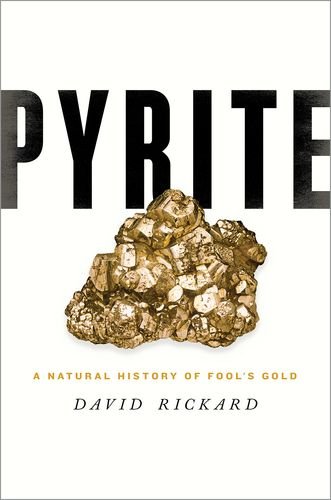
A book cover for Pyrite: A Natural History of Fool's Gold; David Rickard; Science & Math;